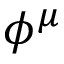
\phi ^ { \mu }